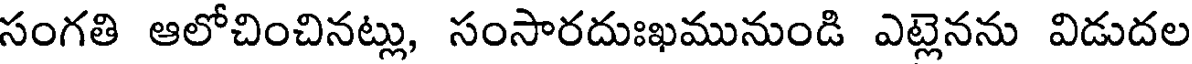
సంగతి ఆలోచించినట్లు, సంసారదుఃఖమునుండి ఎట్లెనను విడుదల